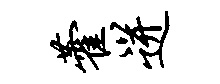
藿迸